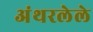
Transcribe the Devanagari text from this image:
अंथरलेले